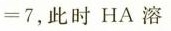
= 7$$，此时HA溶